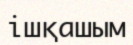
ішқашым